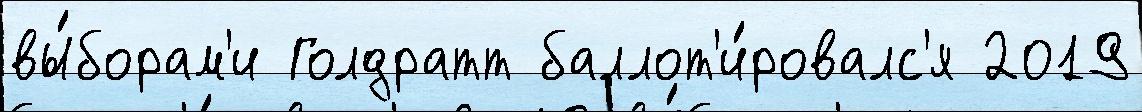
вы́борам'и Голдратт баллот'и́ровалс'я 2019